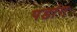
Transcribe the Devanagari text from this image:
पडांग